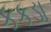
કકડા